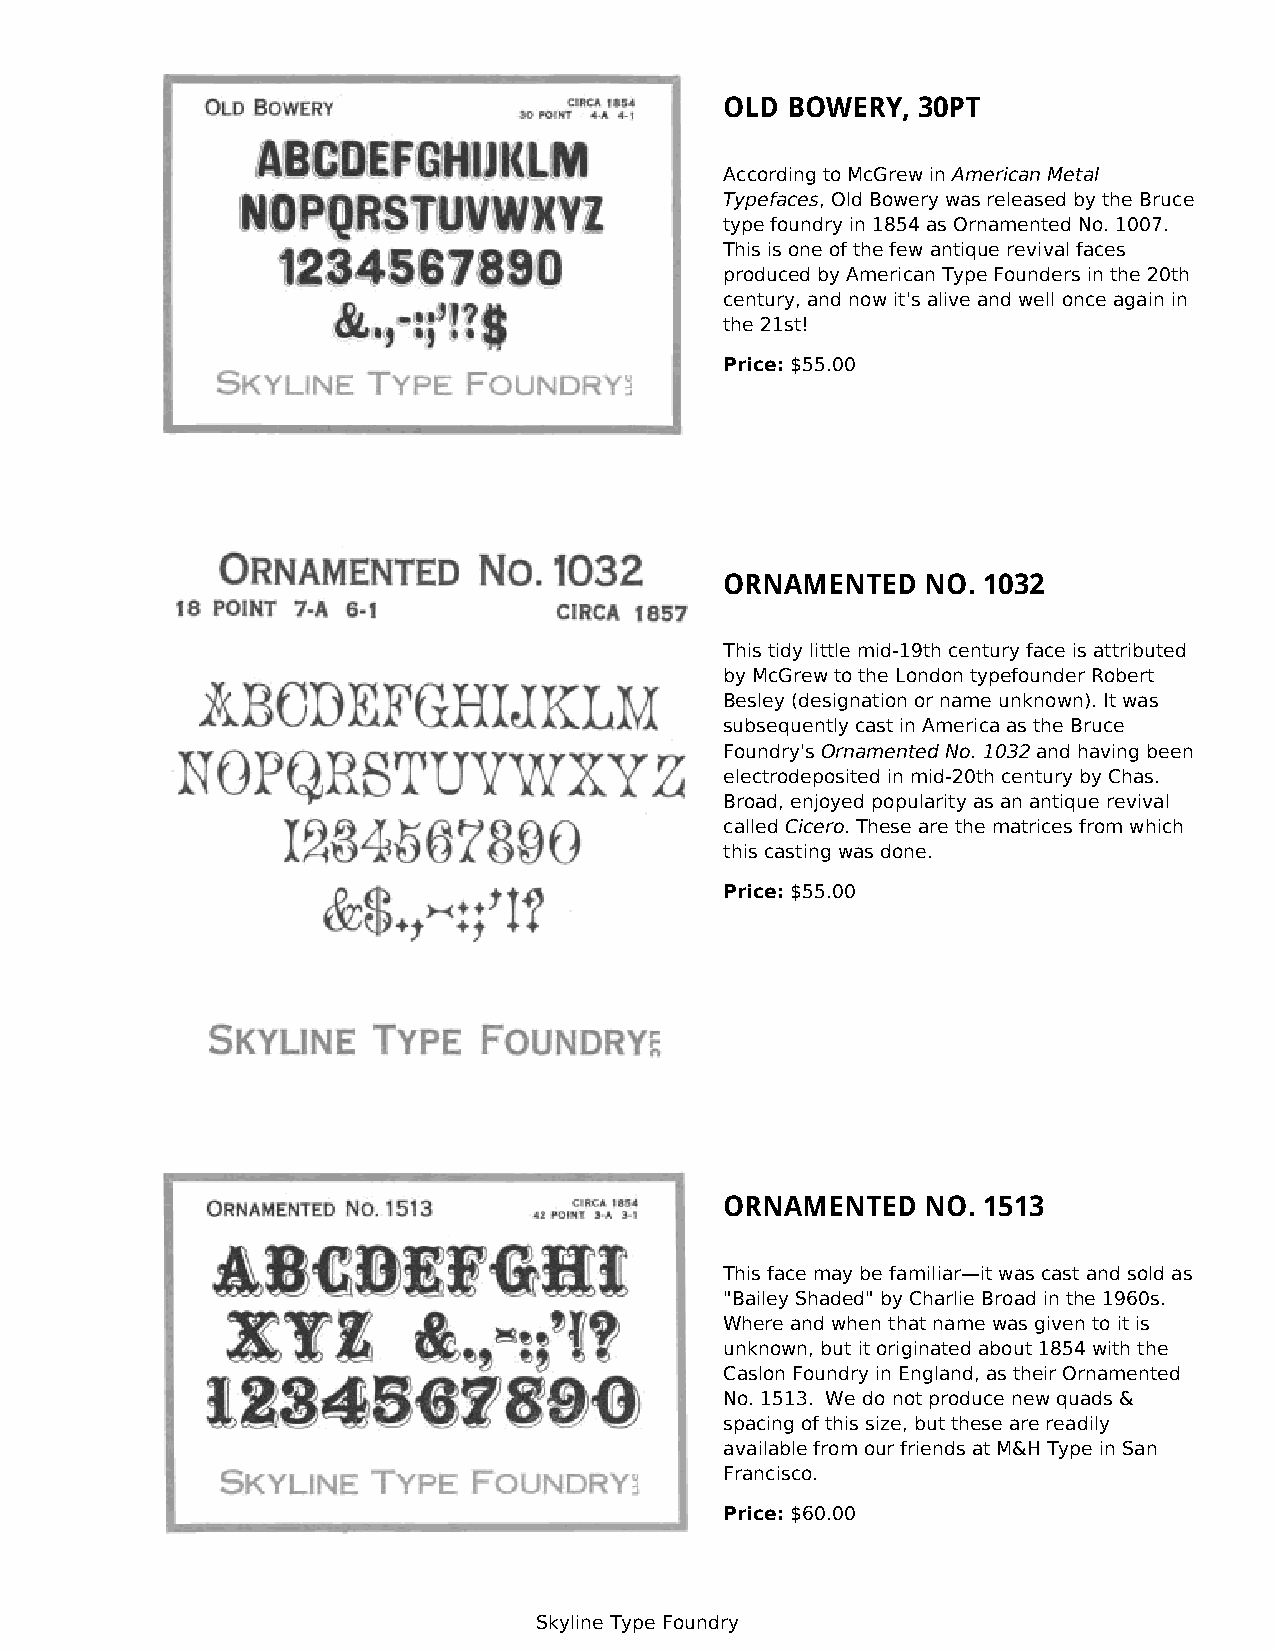
OLD BOWERY,  30PT
 According to McGrew in American Metal
 Typefaces, Old Bowery was released by the Bruce
 type foundry in 1854 as Ornamented No. 1007.
 This is one of the few antique revival faces
 produced by American Type Founders in the 20th
 century, and now it's alive and well once again in
 the 21st!
 Price: $55.00
 ORNAMENTED   NO. 1032
 This tidy little mid-19th century face is attributed
 by McGrew to the London typefounder Robert
 Besley (designation or name unknown). It was
 subsequently cast in America as the Bruce
 Foundry's Ornamented No. 1032 and having been
 electrodeposited in mid-20th century by Chas.
 Broad, enjoyed popularity as an antique revival
 called Cicero. These are the matrices from which
 this casting was done.
 Price: $55.00
 ORNAMENTED   NO. 1513
 This face may be familiar—it was cast and sold as
 "Bailey Shaded" by Charlie Broad in the 1960s.
 Where and when that name was given to it is
 unknown, but it originated about 1854 with the
 Caslon Foundry in England, as their Ornamented
 No. 1513. We do not produce new quads &
 spacing of this size, but these are readily
 available from our friends at M&H Type in San
 Francisco.
 Price: $60.00
 Skyline Type Foundry